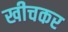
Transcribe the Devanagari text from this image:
खीचकर